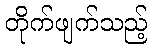
တိုက်ဖျက်သည့်